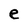
Character: e